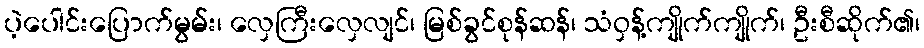
ပဲ့ပေါင်းပြောက်မွမ်း၊ လှေကြီးလှေလျင်၊ မြစ်ခွင်စုန်ဆန်၊ သံဝှန့်ကျိုက်ကျိုက်၊ ဦးစီဆိုက်၏၊